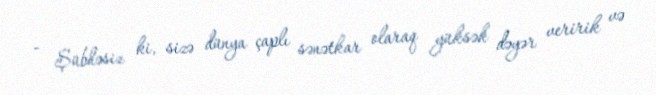
- Şübhəsiz ki, sizə dünya çaplı sənətkar olaraq yüksək dəyər veririk və